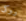
روكى